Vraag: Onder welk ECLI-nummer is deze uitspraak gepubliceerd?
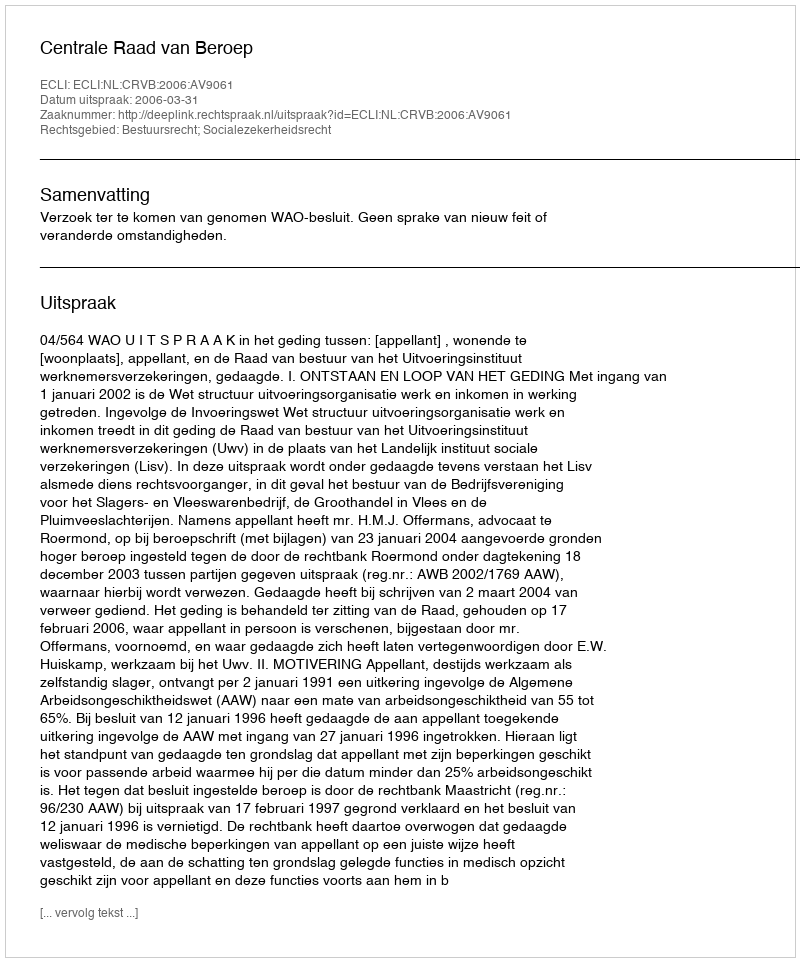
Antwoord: ECLI:NL:CRVB:2006:AV9061